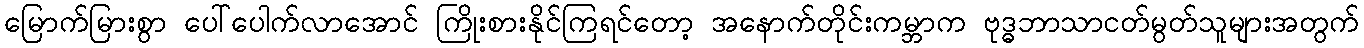
မြောက်မြားစွာ ပေါ်ပေါက်လာအောင် ကြိုးစားနိုင်ကြရင်တော့ အနောက်တိုင်းကမ္ဘာက ဗုဒ္ဓဘာသာငတ်မွတ်သူများအတွက်